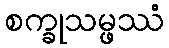
စက္ခုသမ္ဖဿံ